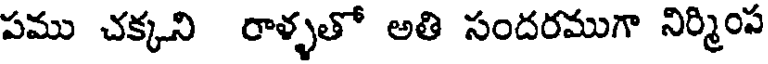
పము చక్కని రాళ్ళతో అతి సందరముగా నిర్మింప